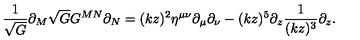
\frac { 1 } { \sqrt { G } } \partial _ { M } \sqrt { G } G ^ { M N } \partial _ { N } = ( k z ) ^ { 2 } \eta ^ { \mu \nu } \partial _ { \mu } \partial _ { \nu } - ( k z ) ^ { 5 } \partial _ { z } \frac { 1 } { ( k z ) ^ { 3 } } \partial _ { z } .